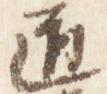
道